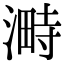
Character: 𣻞